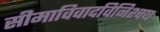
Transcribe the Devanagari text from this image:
सीमाविवादविनिश्चय